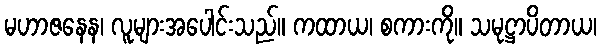
မဟာဇနေန၊ လူများအပေါင်းသည်။ ကထာယ၊ စကားကို။ သမုဋ္ဌာပိတာယ၊